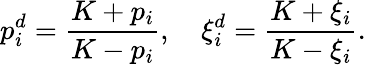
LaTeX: p_{i}^{d}={\frac{K+p_{i}}{K-p_{i}}},\quad\xi_{i}^{d}={\frac{K+\xi_{i}}{K-\xi_{i}}}.